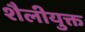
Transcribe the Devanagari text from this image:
शैलीयुक्त